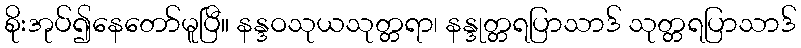
စိုးအုပ်၍နေတော်မူပြီ။ နန္ဒဝသုယသုတ္တရာ၊ နန္ဒုတ္တရပြာသာဒ် သုတ္တရပြာသာဒ်